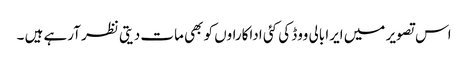
اس تصویر میں ایرا بالی ووڈ کی کئی اداکاراوں کو بھی مات دیتی نظر آرہے ہیں ۔